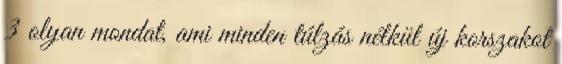
3 olyan mondat, ami minden túlzás nélkül új korszakot